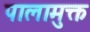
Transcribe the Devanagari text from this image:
पालामुक्त